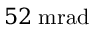
5 2 \; \mathrm { m r a d }